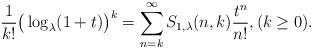
LaTeX: \begin{align*}\frac{1}{k!}\big(\log_{\lambda}(1+t)\big)^{k}=\sum_{n=k}^{\infty}S_{1,\lambda}(n,k)\frac{t^{n}}{n!},(k\ge 0).\end{align*}